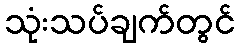
သုံးသပ်ချက်တွင်